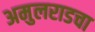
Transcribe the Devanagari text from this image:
अमुलराडचा